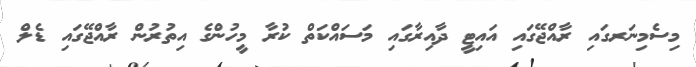
މިސެމިނަރގައި ރާއްޖޭގައި އައިޓީ ދާއިރާގައި މަސައްކަތް ކުރާ މީހުންގެ އިތުރުން ރާއްޖޭގައި ޑެލް